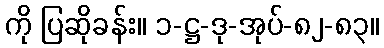
ကို ပြဆိုခန်း။ ၁-ဋ္ဌ-ဒု-အုပ်-၈၂-၈၃။